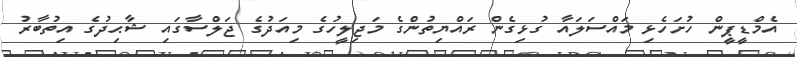
އެމްޑީޕީން ހުށަހެޅި މައްސަލައާ ގުޅިގެން ރައްޔިތުންގެ މަޖިލީހުގެ މިއަދުގެ ޖަލްސާގައި ޝާޙިދުގެ އިތުބާރު